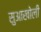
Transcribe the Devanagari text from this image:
सुआखोली